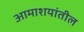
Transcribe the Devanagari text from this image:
आमाशयांतील